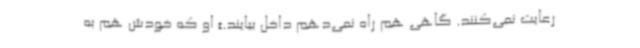
رعایت نمی‌کنند. گاهی هم راه نمی‌دهم داخل بیایند.» او که خودش هم به